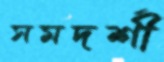
সমদর্শী